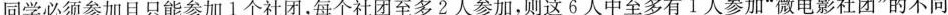
同学必须参加且只能参加1个社团，每个社团至多2人参加，则这6人中至多有1人参加”微电影社团”的不同